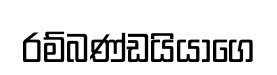
රම්බණ්ඩයියාගෙ